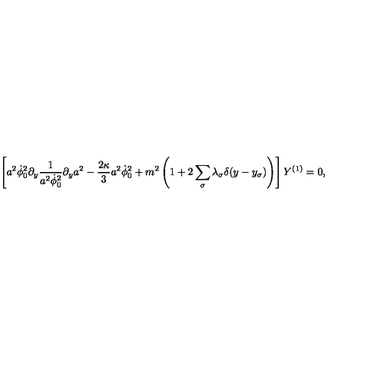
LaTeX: \left[ a ^ { 2 } \dot { \phi } _ { 0 } ^ { 2 } \partial _ { y } \frac { 1 } { a ^ { 2 } \dot { \phi } _ { 0 } ^ { 2 } } \partial _ { y } a ^ { 2 } - \frac { 2 \kappa } { 3 } a ^ { 2 } \dot { \phi } _ { 0 } ^ { 2 } + m ^ { 2 } \left( 1 + 2 \sum _ { \sigma } \lambda _ { \sigma } \delta ( y - y _ { \sigma } ) \right) \right] Y ^ { ( 1 ) } = 0 ,